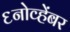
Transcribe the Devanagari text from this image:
६नोव्हेंबर